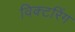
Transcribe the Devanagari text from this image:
विक्टरिंग